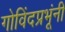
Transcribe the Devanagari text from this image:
गोविंदप्रभूंनी